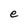
Character: e